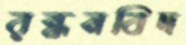
রন্ধনবিদ